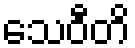
သေဝီတိ